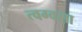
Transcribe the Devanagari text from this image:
त्वग्वसा